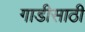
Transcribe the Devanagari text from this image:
गाडीसाठी